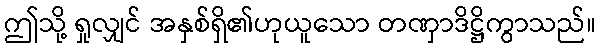
ဤသို့ ရှုလျှင် အနှစ်ရှိ၏ဟုယူသော တဏှာဒိဋ္ဌိကွာသည်။